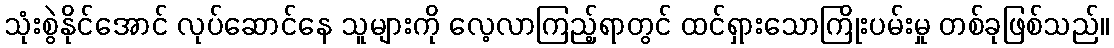
သုံးစွဲနိုင်အောင် လုပ်ဆောင်နေ သူများကို လေ့လာကြည့်ရာတွင် ထင်ရှားသောကြိုးပမ်းမှု တစ်ခုဖြစ်သည်။